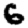
Digit: 6